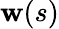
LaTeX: \mathbf{w}(s)